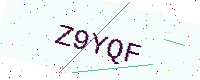
Text: Z9YQF